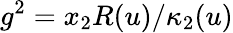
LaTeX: g^{2}=x_{2}R(u)/\kappa_{2}(u)